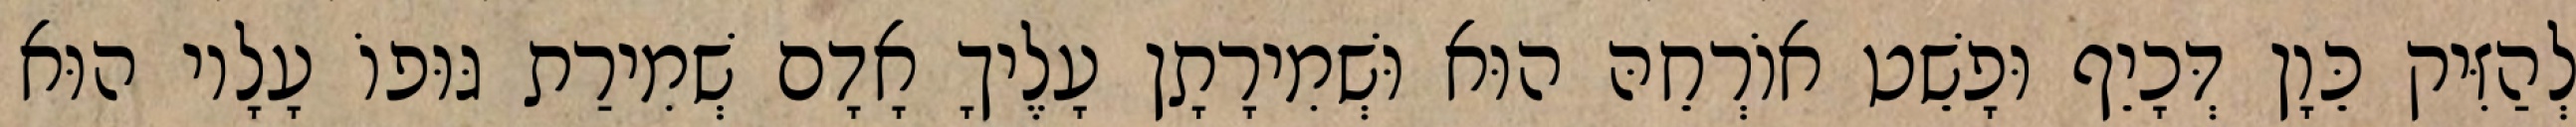
לְהַזִּיק כֵּוָן דְּכָיֵף וּפָשֵׁט אוֹרְחֵהּ הוּא וּשְׁמִירָתָן עָלֶיךָ אָדָם שְׁמִירַת גּוּפוֹ עָלָיו הוּא